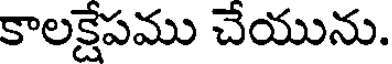
కాలక్షేపము చేయును.